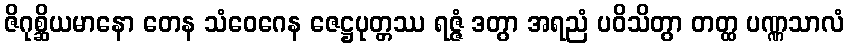
ဇိဂုစ္ဆိယမာနော တေန သံဝေဂေန ဇေဋ္ဌပုတ္တဿ ရဇ္ဇံ ဒတွာ အရညံ ပဝိသိတွာ တတ္ထ ပဏ္ဏသာလံ